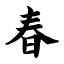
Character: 春